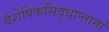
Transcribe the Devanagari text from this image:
वैशेषिकसिद्धान्तानां